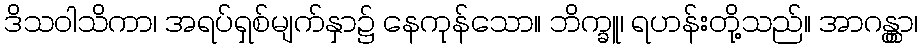
ဒိသဝါသိကာ၊ အရပ်ရှစ်မျက်နှာ၌ နေကုန်သော။ ဘိက္ခူ၊ ရဟန်းတို့သည်။ အာဂန္တွာ၊